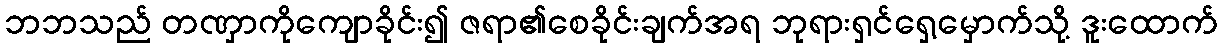
ဘဘသည် တဏှာကိုကျောခိုင်း၍ ဇရာ၏စေခိုင်းချက်အရ ဘုရားရှင်ရှေ့မှောက်သို့ ဒူးထောက်